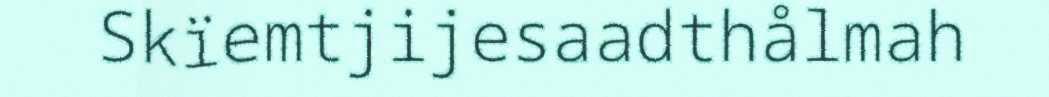
Skïemtjijesaadthålmah